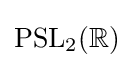
\mathrm {PSL} _{2}(\mathbb {R} )